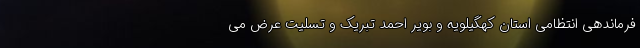
فرماندهی انتظامی استان کهگیلویه و بویر احمد تبریک و تسلیت عرض می